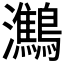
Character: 𪇶